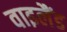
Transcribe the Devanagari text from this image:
वाइलैंड